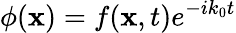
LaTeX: \phi(\mathbf{x})=f(\mathbf{x},t)e^{-ik_{0}t}